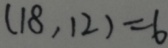
( 1 8 , 1 2 ) = 6